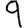
Digit: 9